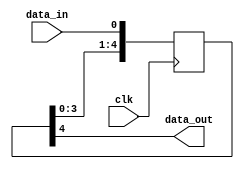
//
// Copyright (c) 2015 University of Cambridge All rights reserved.
//
// This software was developed by
// Stanford University and the University of Cambridge Computer Laboratory
// under National Science Foundation under Grant No. CNS-0855268,
// the University of Cambridge Computer Laboratory under EPSRC INTERNET Project EP/H040536/1 and
// by the University of Cambridge Computer Laboratory under DARPA/AFRL contract FA8750-11-C-0249 ("MRC2"), 
// as part of the DARPA MRC research programme.
//
// @NETFPGA_LICENSE_HEADER_START@
//
// Licensed to NetFPGA C.I.C. (NetFPGA) under one or more
// contributor license agreements.  See the NOTICE file distributed with this
// work for additional information regarding copyright ownership.  NetFPGA
// licenses this file to you under the NetFPGA Hardware-Software License,
// Version 1.0 (the "License"); you may not use this file except in compliance
// with the License.  You may obtain a copy of the License at:
//
//   http://www.netfpga-cic.org
//
// Unless required by applicable law or agreed to in writing, Work distributed
// under the License is distributed on an "AS IS" BASIS, WITHOUT WARRANTIES OR
// CONDITIONS OF ANY KIND, either express or implied.  See the License for the
// specific language governing permissions and limitations under the License.
//
// @NETFPGA_LICENSE_HEADER_END@

`timescale 1ps / 1ps

(* dont_touch = "yes" *)
module data_sync_block #(
  parameter   C_NUM_SYNC_REGS = 5
  )
  (
    input   wire  clk,
    input   wire  data_in,
    output  wire  data_out
  );
  
(* shreg_extract = "no", ASYNC_REG = "TRUE" *) reg  [C_NUM_SYNC_REGS-1:0]    sync1_r = {C_NUM_SYNC_REGS{1'b1}};

  //----------------------------------------------------------------------------
  // Synchronizer
  //----------------------------------------------------------------------------
  always @(posedge clk) begin
    sync1_r <= {sync1_r[C_NUM_SYNC_REGS-2:0], data_in};
  end    
  
  assign data_out = sync1_r[C_NUM_SYNC_REGS-1];
endmodule